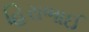
હિરાભાઈ